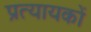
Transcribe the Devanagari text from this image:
प्रत्यायकों